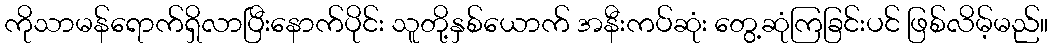
ကိုသာမန်ရောက်ရှိလာပြီးနောက်ပိုင်း သူတို့နှစ်ယောက် အနီးကပ်ဆုံး တွေ့ဆုံကြခြင်းပင် ဖြစ်လိမ့်မည်။